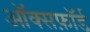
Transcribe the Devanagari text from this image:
ऑक्सफ़ॉर्ड